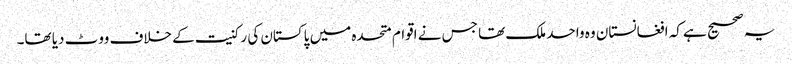
یہ صحیح ہے کہ افغانستان وہ واحد ملک تھا جس نے اقوام متحدہ میں پاکستان کی رکنیت کے خلاف ووٹ دیا تھا۔